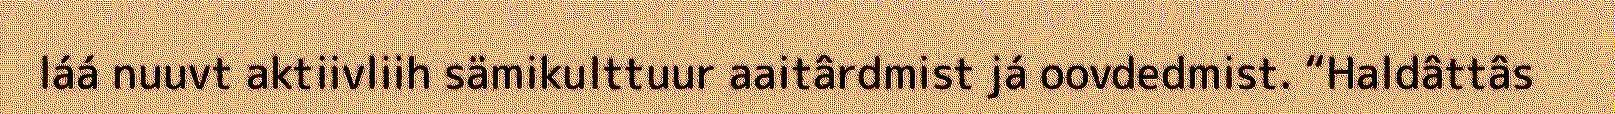
láá nuuvt aktiivliih sämikulttuur aaitârdmist já oovdedmist. “Haldâttâs